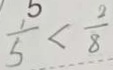
\frac { 1 } { 5 } < \frac { 2 } { 8 }